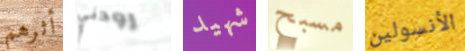
أثرهم رودني شهيد مسبح الأنسولين